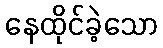
နေထိုင်ခဲ့သော